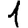
Digit: 1